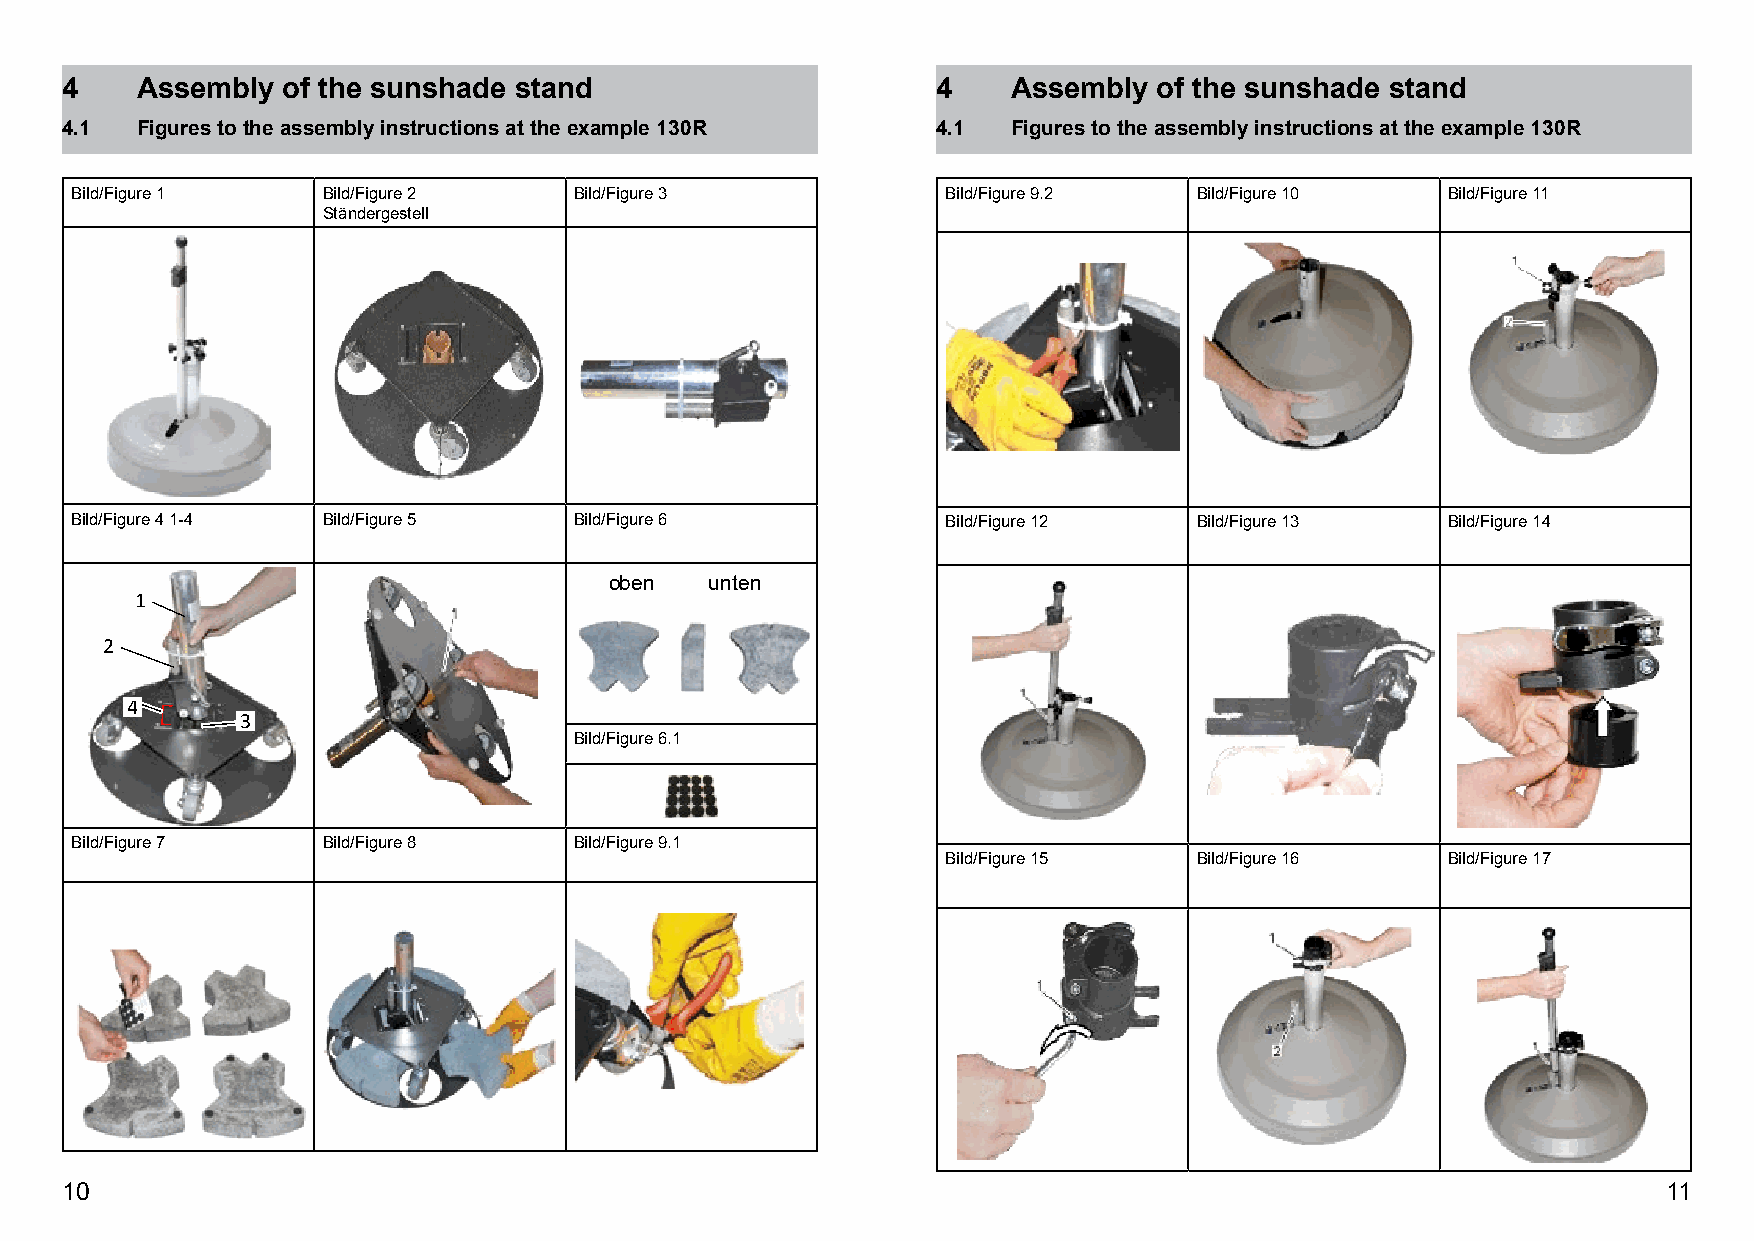
4    Assembly  of the sunshade stand                      4    Assembly  of the sunshade stand
 4.1  Figures to the assembly instructions at the example 130R 4.1 Figures to the assembly instructions at the example 130R
 Bild/Figure 1   Bild/Figure 2    Bild/Figure 3            Bild/Figure 9.2 Bild/Figure 10   Bild/Figure 11
 Ständergestell
 Bild/Figure 4 1-4 Bild/Figure 5  Bild/Figure 6            Bild/Figure 12  Bild/Figure 13   Bild/Figure 14
 oben   unten
 1
 2
 4
 3
 Bild/Figure 6.1
 Bild/Figure 7   Bild/Figure 8    Bild/Figure 9.1
 Bild/Figure 15  Bild/Figure 16   Bild/Figure 17
 10                                                                                                        11